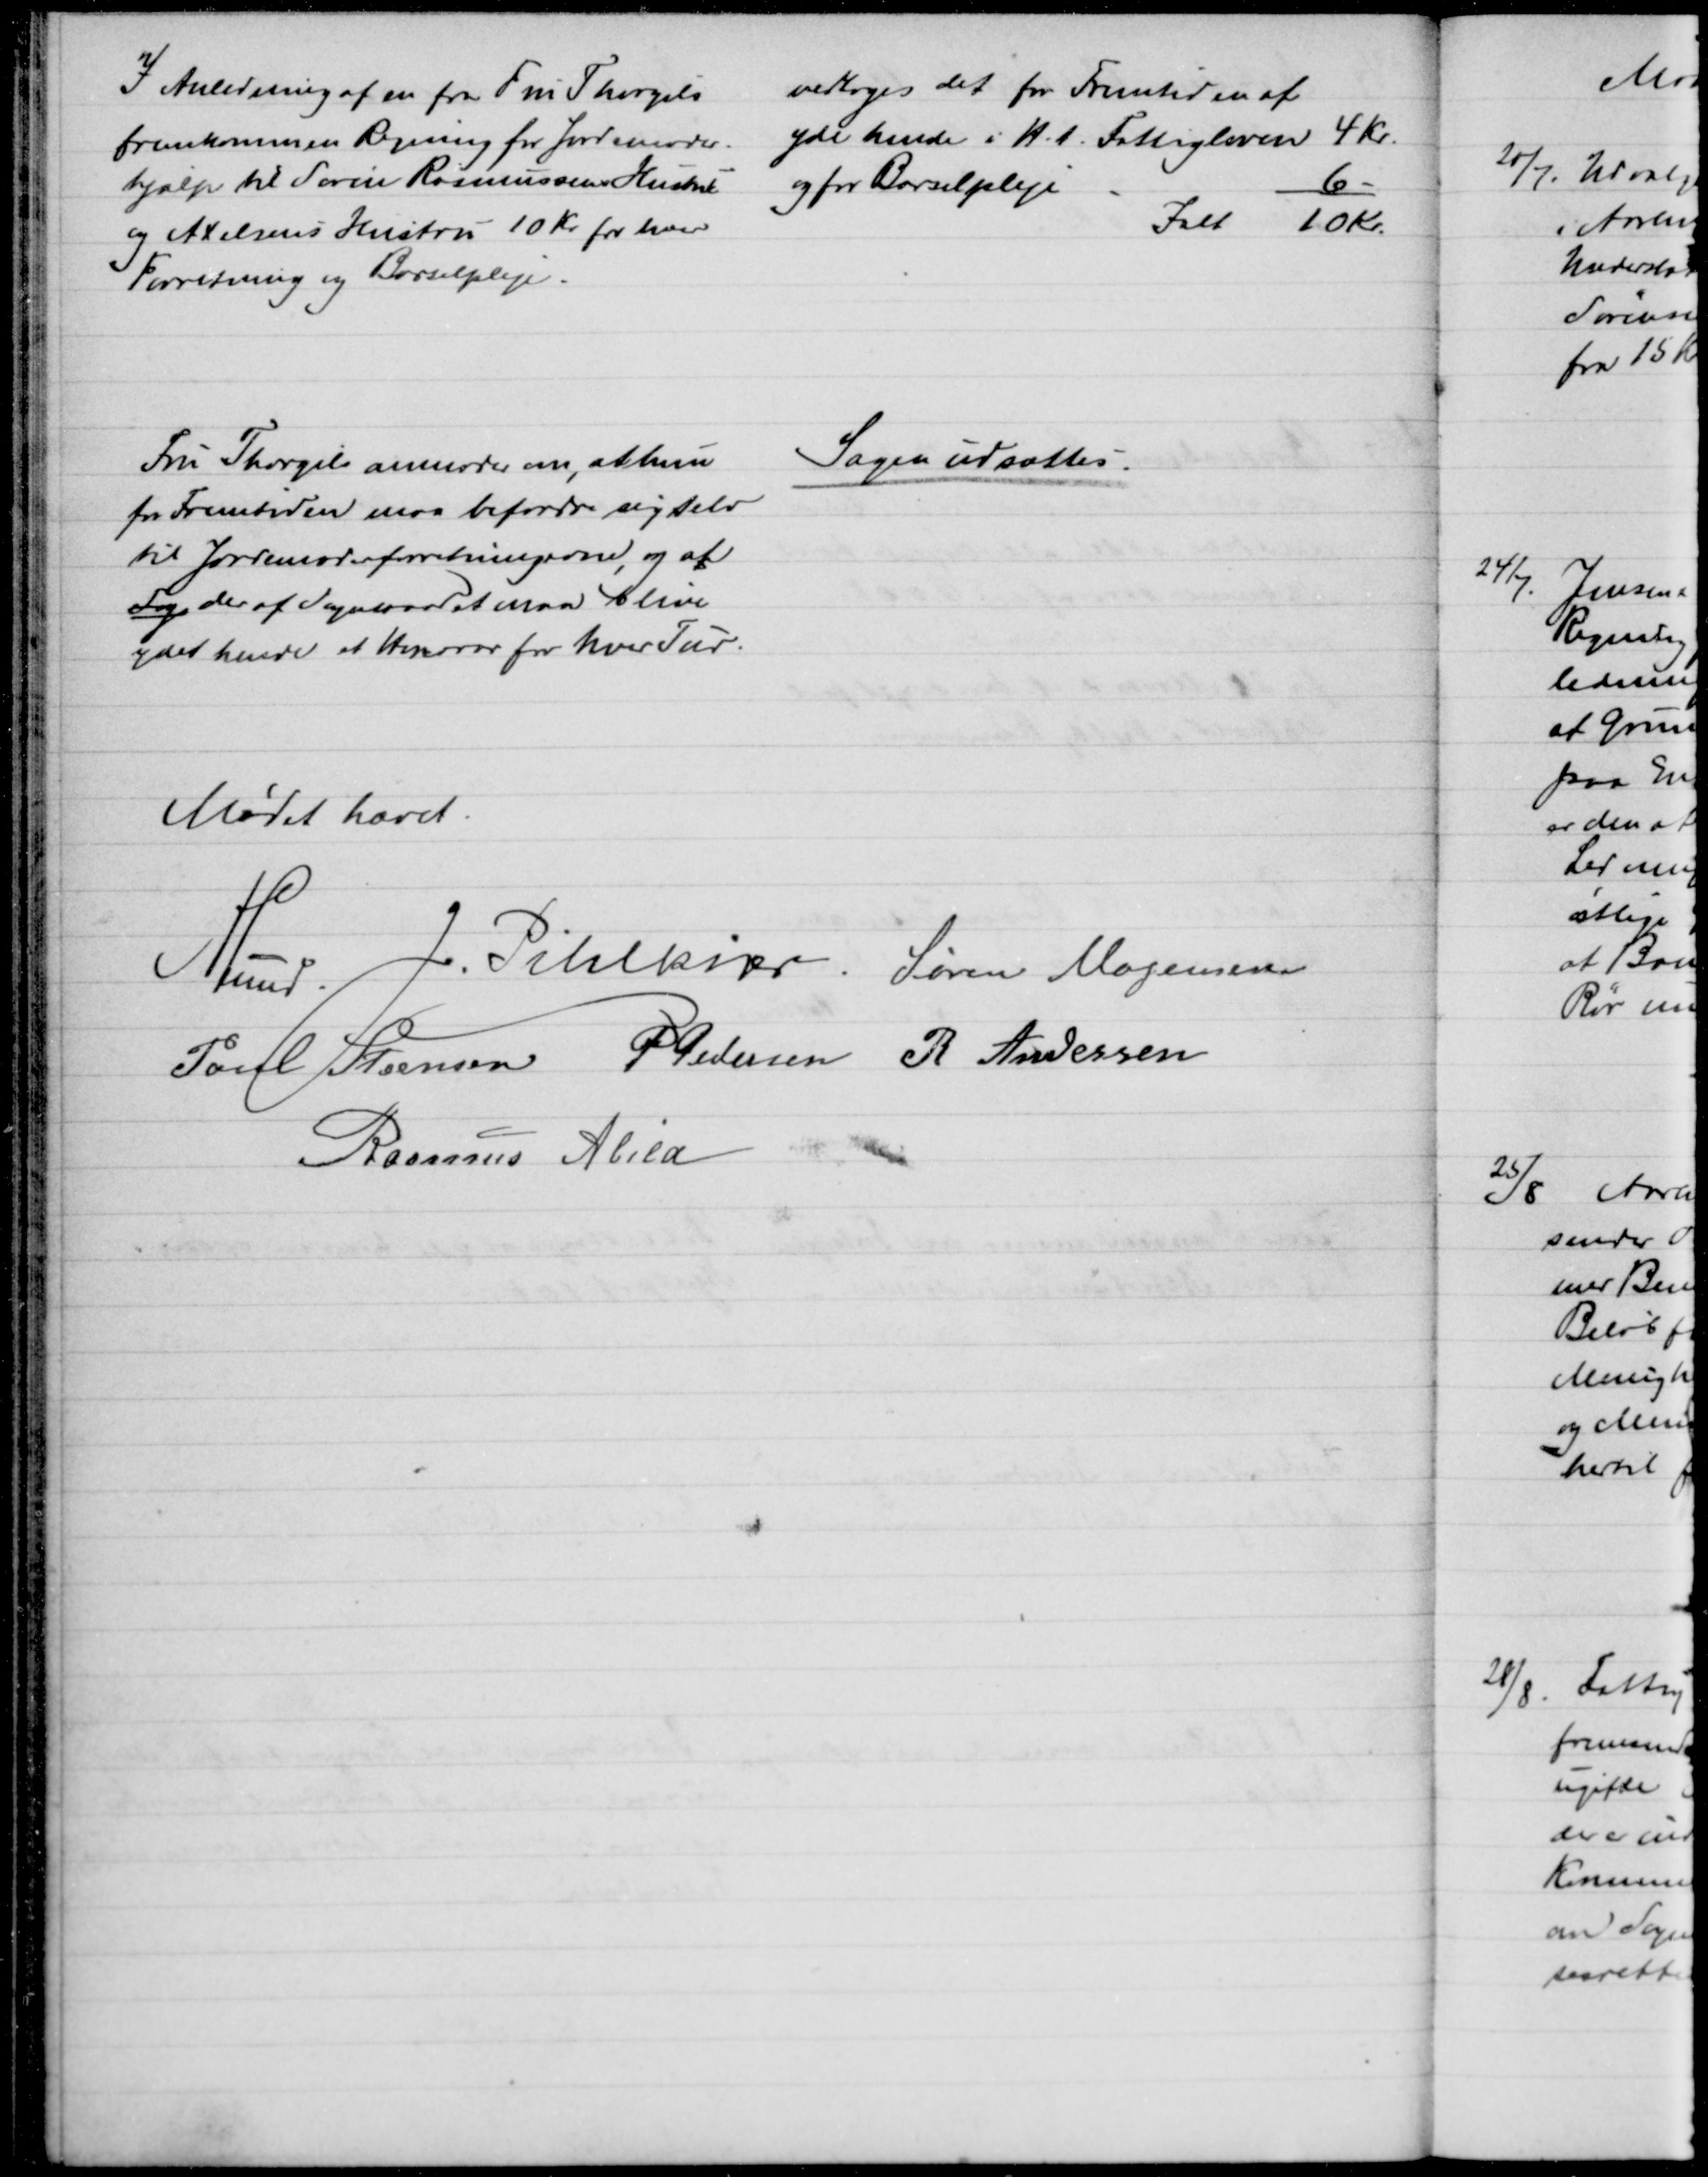
Transskription:
I Anledning af en fra Fru Thorgils
fremkommen Regning for Jordemoder-
hjælp til Søren Rasmussens Hustru
og Axelsens Hustru 10 Kr. for hver
Forretning og Barselpleje.
vedtoges det for Fremtiden at
yde hende i H. t. Fattigloven 4 Kr.
og for Barselspleje
6 
Ialt
10 Kr.
Fru Thorgils anmoder om, at hun
for Fremtiden maa befordre sig selv
til Jordemoderforretningerne, og aft
Sag der af Sogneraadet maa blive
ydet hende et Honorar for hver Tur.
Sagen udsættes.
Mødet hævet.
A Lund.
J. Pihlkjær. Søren Mogensen
Poul Steensen P Pedersen R Andersen
Rasmus Abild